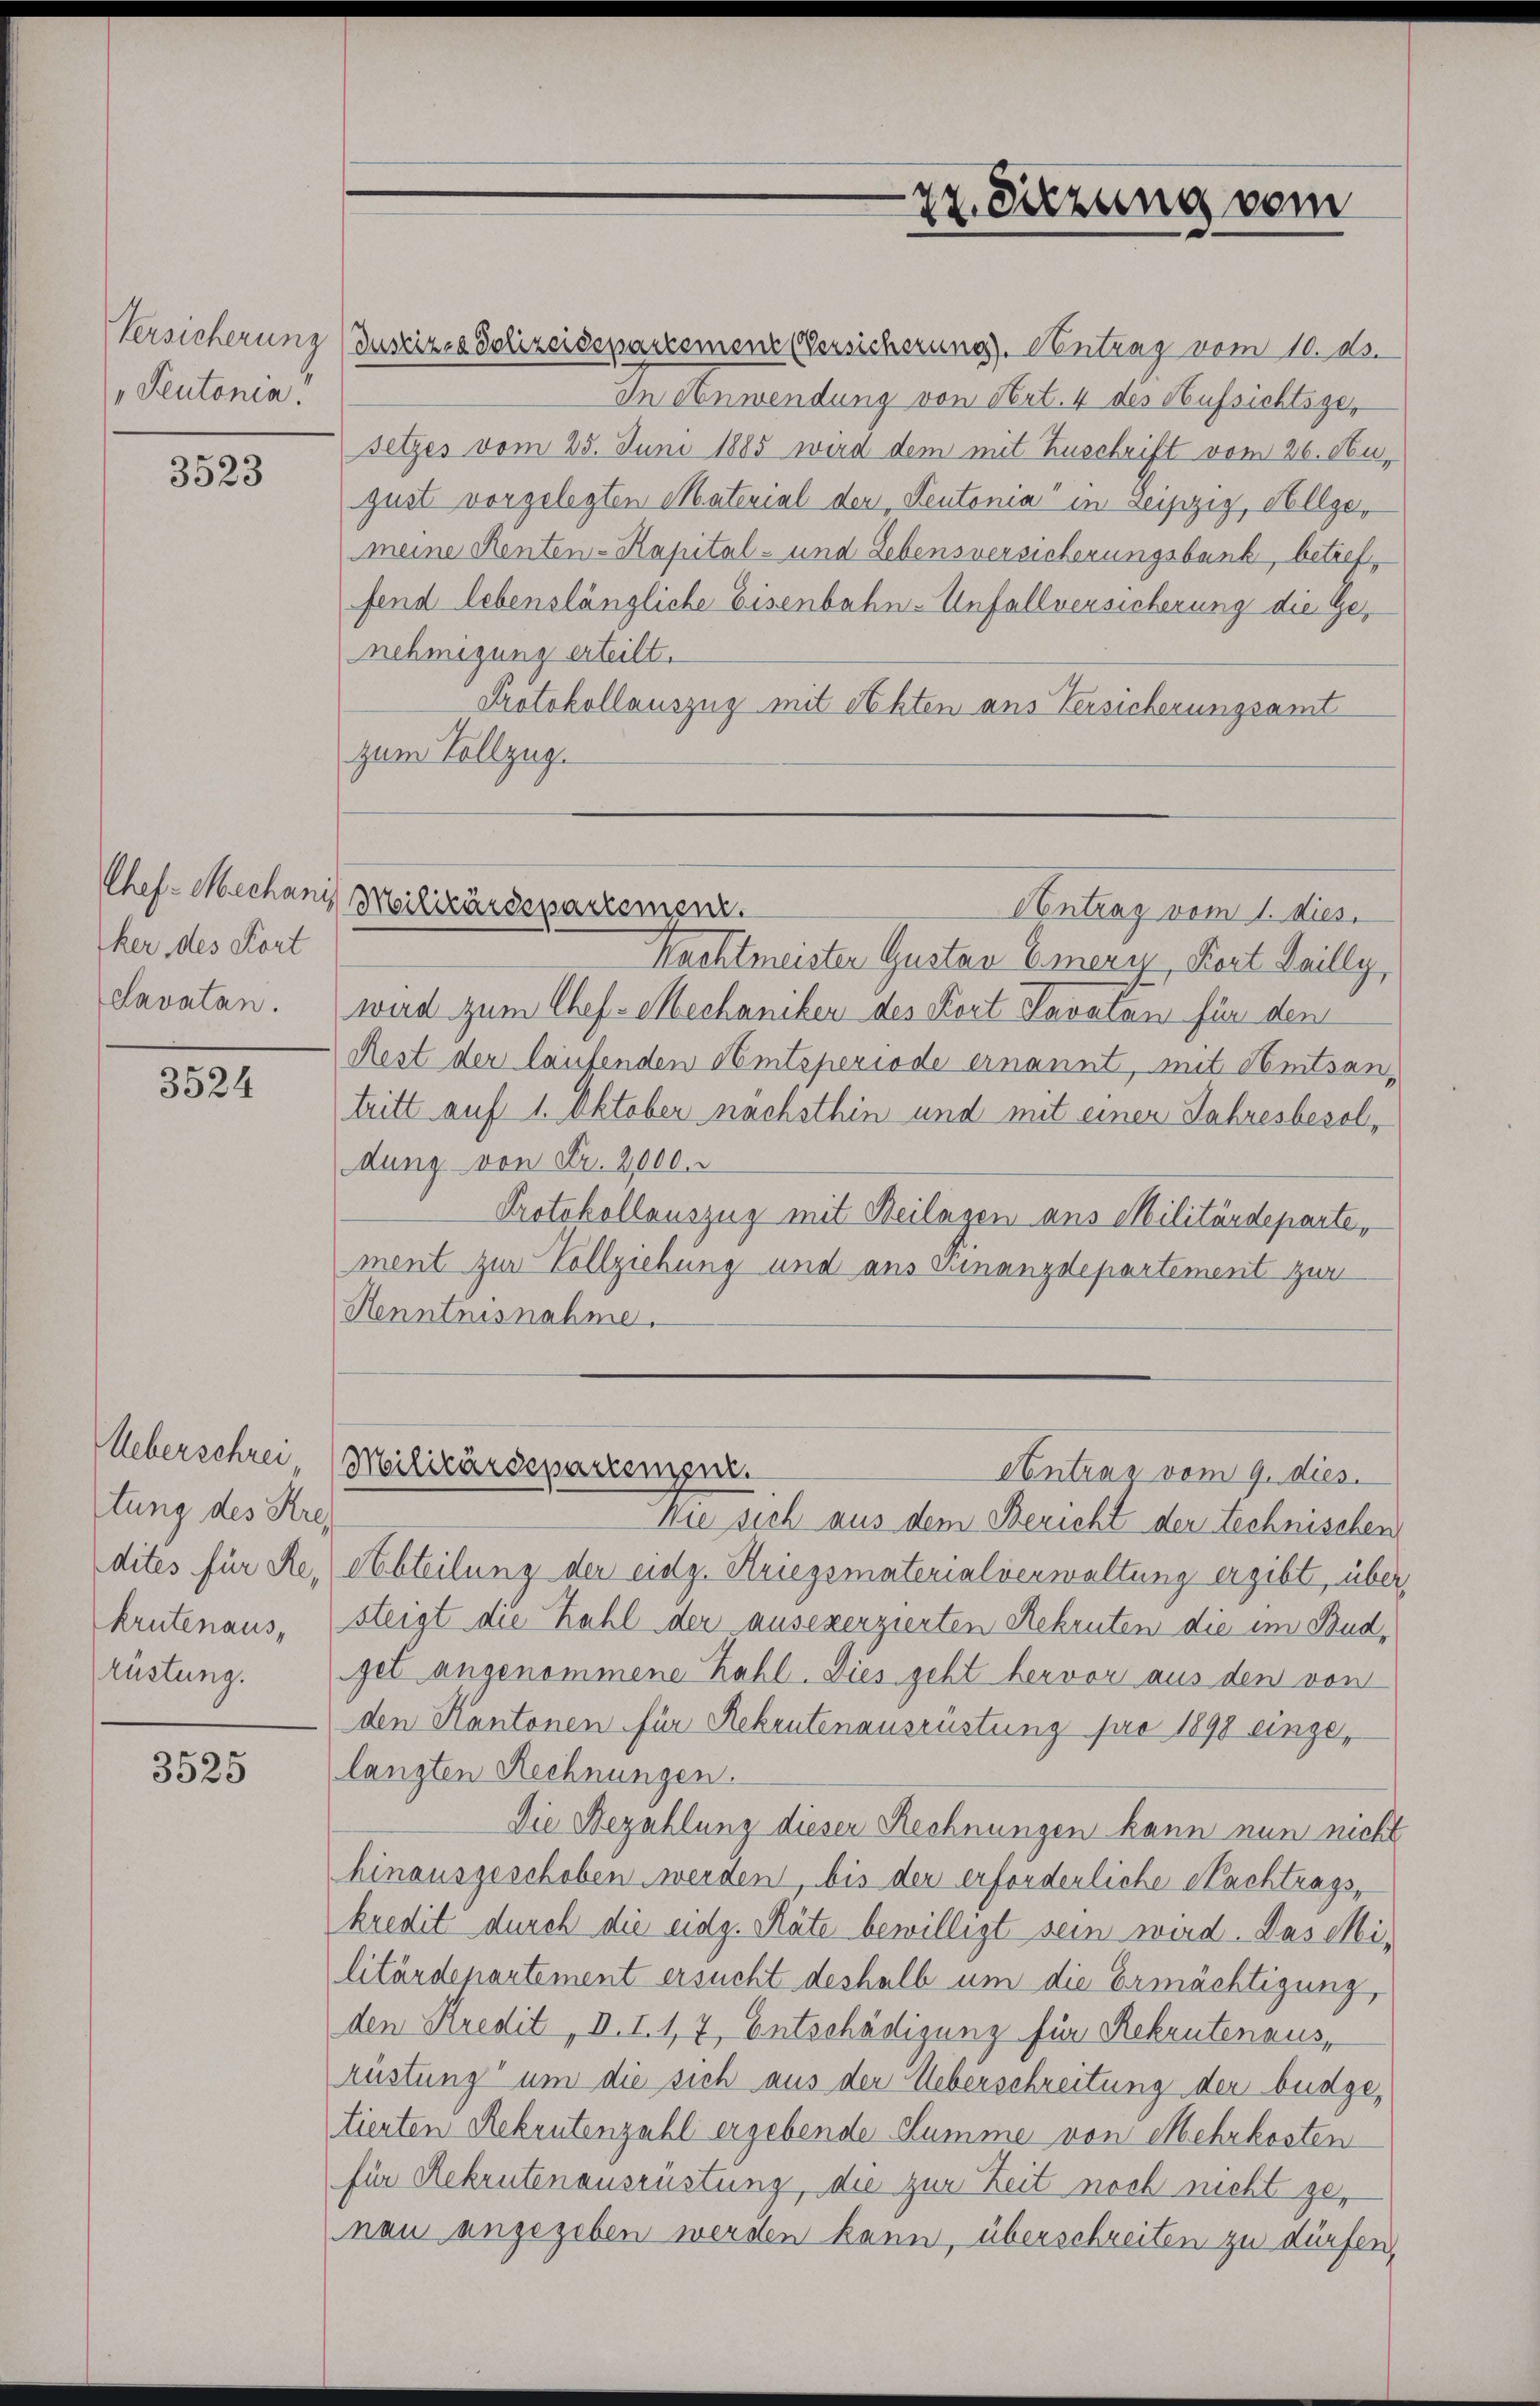
Peutonia!

3523

ker, des Kort
Lavatan.

3524

tung des Kre
rüstung.

3525

zr. Sitzung vom

Versicherung (Justiz- & Polizeidepartemen Versicherung. Antrag vom 10. M.
In Anwendung von Art. 4 des Aufsichtsgesetzes vom 25. Juni 1885 wird dem mit Zuschrift vom 26. August vorgelegten Material der Teutonia" in Leipzig, Allgemeine Renten-Kapital- und Lebensversicherungsbank, betreffend lebenslängliche Eisenbahn-Unfallversicherung die Genehmigung erteilt.
Protokollauszug mit Nehten aus Versicherungsamt
zum Vollzug.
Chef Mechanis Militärdepartemenz
Contrag vom 1. dies
Nachtmeister Gustan Emery, Kort Leilly,
wird zum Chef Mechaniken des Fort Lavaten für den
Rest der laufenden Amtsperiode ernannt, mit Nemtsantritt auf 1. Oktober nächsthin und mit einer Jahresbesoldung von Fr. 2000.
Protokollauszug mit Beilagen aus Militärdeparte,
ment zur Vollziehung und aus Finanzdepartement zur
Henntnisnahme.

Wie sich aus dem Bericht der technischen
dites für Re, (Abteilung der eidg. Kriegsmaterialverwaltung ergibt, über,
krutenaus, steigt die Kahl der ausexerzierten Rekruten die im Budget angenommene Kahl. Dies geht hervor aus den von
den Kantonen für Rekrutenausrüstung pro 1898 eingelangten Rechnungen.
Die Bezahlung dieser Rechnungen kann nun nicht
hinausgeschoben werden, bis der erforderliche Nachtrags,
kredit durch die eidg. Räte bewilligt sein wird. Das Militärdepartement ersucht deshalb um die Ermächtigung,
den Kredit, I. I. 17, Entschädigung für Rekrutenaus,
rüstung um die sich aus der Ueberschreitung der büdgetierten Rekrutenzahl ergebende Summe von Mehrkosten
für Rekrutenausrüstung, die zur Zeit noch nicht genau angegeben werden kann, überschreiten zu dürfen,

Ueberschrei Militärdepartemper.
Antrag vom 9. dies